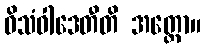
ဝိသံဝါဒေတီတိ အတ္ထော။